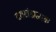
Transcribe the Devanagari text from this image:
दशखंडात्मक